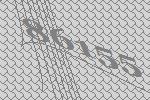
86155